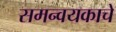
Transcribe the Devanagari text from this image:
समन्वयकाचे